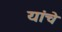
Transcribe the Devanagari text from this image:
यांचॆ